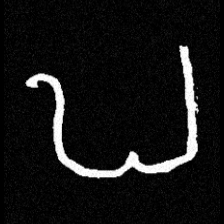
Pyu character \u2014 Myanmar letter: ဎ (romanized: ddha)